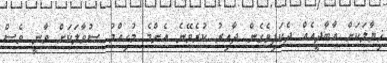
ޚިޔާލަކަށް އާބާދީއެއް ދެކަފިވެގެން ދާއިރު ކުރެވޭނެ އެންމެ މުހިއްމު ސުވާލަކަށް ވާނީ ވެސް